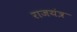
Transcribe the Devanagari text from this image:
राजयंत्र